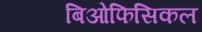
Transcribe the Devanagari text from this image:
बिओफिसिकल